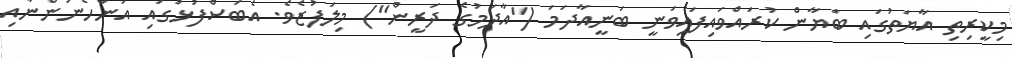
މިކީރިތި އާޔަތުގައި ބަޔާން ކުރައްވައިފައިވަނީ ބަނީއާދަމަ ("އާދަމުގެ ދަރީން") މިލަފުޒެވެ. އެބަސްފުޅުގައި އަންހެނުންނާއި